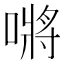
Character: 𭊟